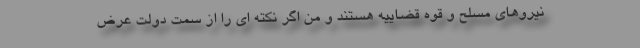
نیروهای مسلح و قوه قضاییه هستند و من اگر نکته ای را از سمت دولت عرض